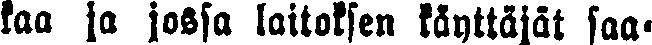
kaa ja jossa laitoksen käyttäjät saa-